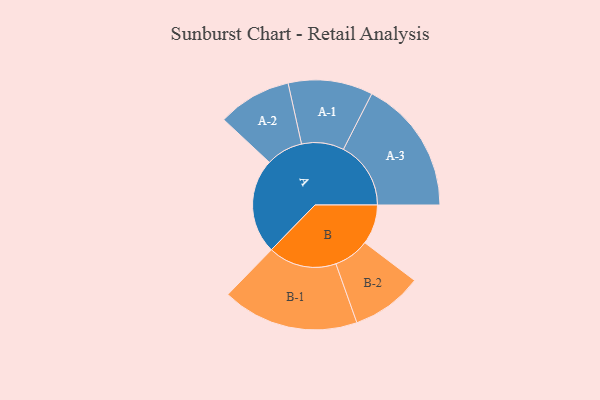
{"axis": {"x": "Segment", "y": "Value"}, "legend": ["", "A", "B"], "data": [{"x": "A", "y": 299, "type": ""}, {"x": "B", "y": 125, "type": ""}, {"x": "A-1", "y": 133, "type": "A"}, {"x": "A-2", "y": 116, "type": "A"}, {"x": "A-3", "y": 212, "type": "A"}, {"x": "B-1", "y": 215, "type": "B"}, {"x": "B-2", "y": 112, "type": "B"}]}